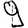
Digit: 9